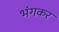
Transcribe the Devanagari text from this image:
भंगकर